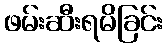
ဖမ်းဆီးရမိခြင်း